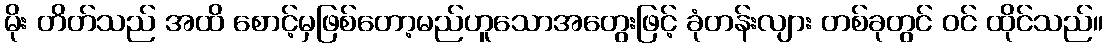
မိုး တိတ်သည် အထိ စောင့်မှဖြစ်တော့မည်ဟူသောအတွေးဖြင့် ခုံတန်းလျား တစ်ခုတွင် ဝင် ထိုင်သည်။